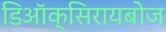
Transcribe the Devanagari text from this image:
डिऑक्सिरायबोज